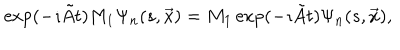
\exp ( - \imath \tilde { A } t ) M _ { 1 } \Psi _ { n } ( s , \vec { x } ) = M _ { 1 } \exp ( - \imath \tilde { A } t ) \Psi _ { n } ( s , \vec { x } ) ,